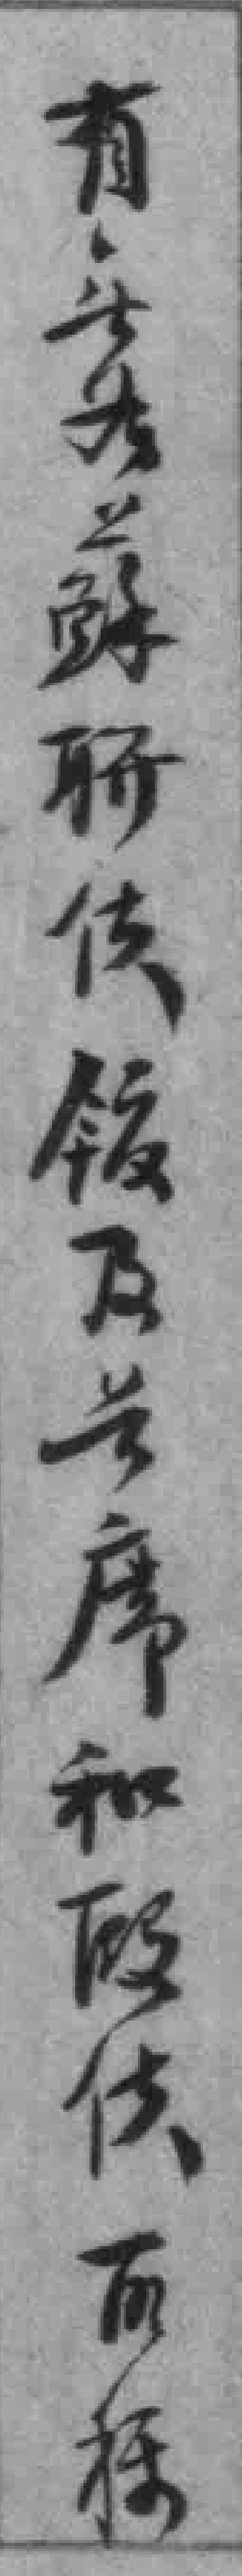
有無各蘇聯使馆及*席和歐使所*